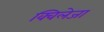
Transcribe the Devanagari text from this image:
क्विलेजा